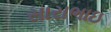
સારાભાઇ